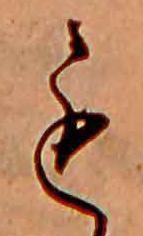
も